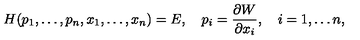
H ( p _ { 1 } , \ldots , p _ { n } , x _ { 1 } , \ldots , x _ { n } ) = E , \quad p _ { i } = { \frac { \partial W } { \partial x _ { i } } } , \quad i = 1 , \ldots n ,